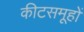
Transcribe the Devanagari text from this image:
कीटसमूहों